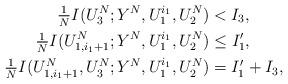
LaTeX: \begin{align*} \tfrac1N I(U_3^N;Y^N,U_1^{i_1},U_2^N) &< I_3, \\ \tfrac1N I(U_{1,i_1+1}^N;Y^N,U_1^{i_1},U_2^N) &\le I_1',\\ \tfrac1N I(U_{1,i_1+1}^N, U_3^N;Y^N,U_1^{i_1},U_2^N) &= I_1' + I_3,\end{align*}